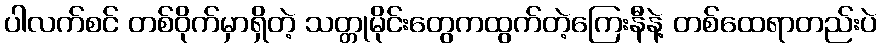
ပါလက်စင် တစ်ဝိုက်မှာရှိတဲ့ သတ္တုမိုင်းတွေကထွက်တဲ့ကြေးနီနဲ့ တစ်ထေရာတည်းပဲ